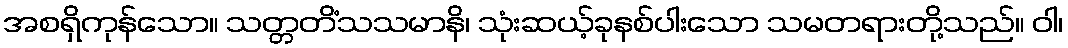
အစရှိကုန်သော။ သတ္တတိံသသမာနိ၊ သုံးဆယ့်ခုနစ်ပါးသော သမတရားတို့သည်။ ဝါ၊